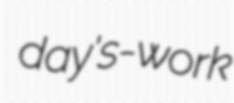
day's-work